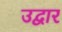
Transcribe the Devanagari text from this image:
उद्वार